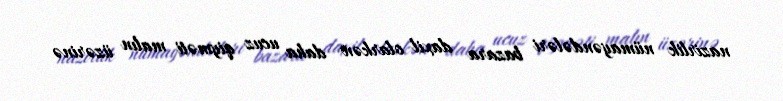
nazirlik nümayəndələri bazara daxil olarkən daha ucuz qiyməti malın üzərinə